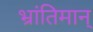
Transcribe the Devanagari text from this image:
भ्रांतिमान्